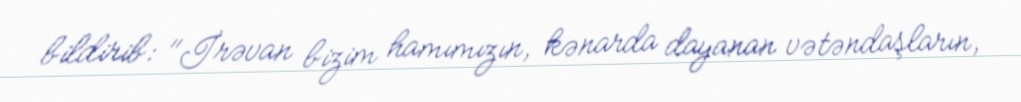
bildirib: "İrəvan bizim hamımızın, kənarda dayanan vətəndaşların,